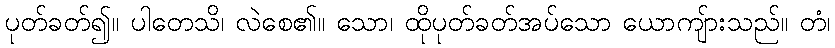
ပုတ်ခတ်၍။ ပါတေသိ၊ လဲစေ၏။ သော၊ ထိုပုတ်ခတ်အပ်သော ယောကျ်ားသည်။ တံ၊